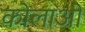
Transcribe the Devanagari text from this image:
कोलाओ